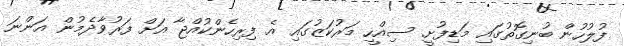
ފުލުހުން ބުނިގޮތުގައި މަޑިފުށީ ސިއްހީ މަރުކަޒުގައި އެ ފިރިހެންކުއްޖާ އަށް ފަރުވާދެމުން އަންނަ